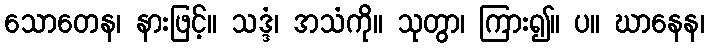
သောတေန၊ နားဖြင့်။ သဒ္ဒံ၊ အသံကို။ သုတွာ၊ ကြား၍။ ပ။ ဃာနေန၊